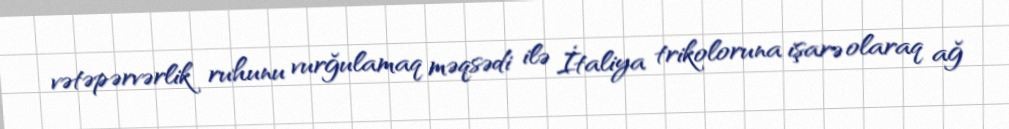
vətəpərvərlik ruhunu vurğulamaq məqsədi ilə İtaliya trikoloruna işarə olaraq ağ